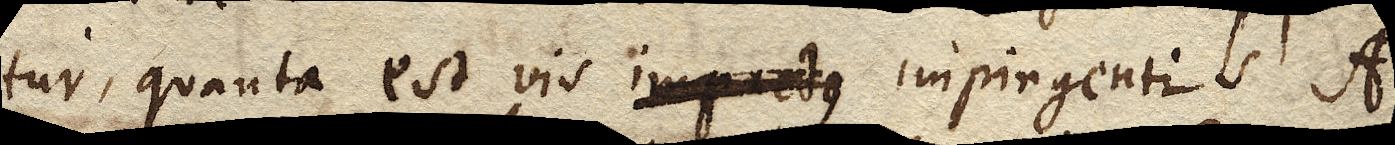
tur, quanta est vis impactus impingentis A